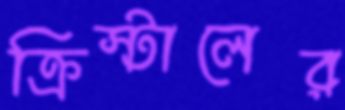
ক্রিস্টালের